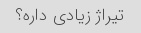
تیراژ زیادی داره؟